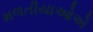
મળતીયાઓએ